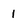
Character: 1